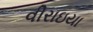
વીરાઇયા